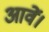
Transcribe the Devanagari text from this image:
आवें।